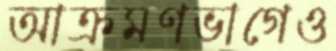
আক্রমণভাগেও